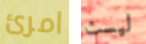
امرئ ليست